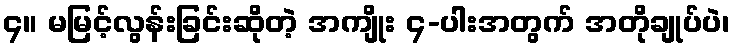
၄။ မမြင့်လွန်းခြင်းဆိုတဲ့ အကျိုး ၄-ပါးအတွက် အတိုချုပ်ပဲ၊